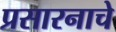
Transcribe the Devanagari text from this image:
प्रसारनाचे